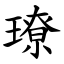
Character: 璙